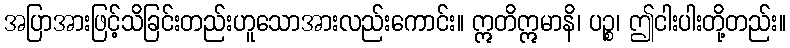
အပြာအားဖြင့်သိခြင်းတည်းဟူသောအားလည်းကောင်း။ ဣတိဣမာနိ၊ ပဉ္စ၊ ဤငါးပါးတို့တည်း။